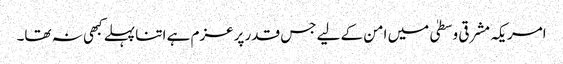
امریکہ مشرقی وسطیٰ میں امن کے لیے جس قدر پرعزم ہے اتنا پہلے کبھی نہ تھا۔